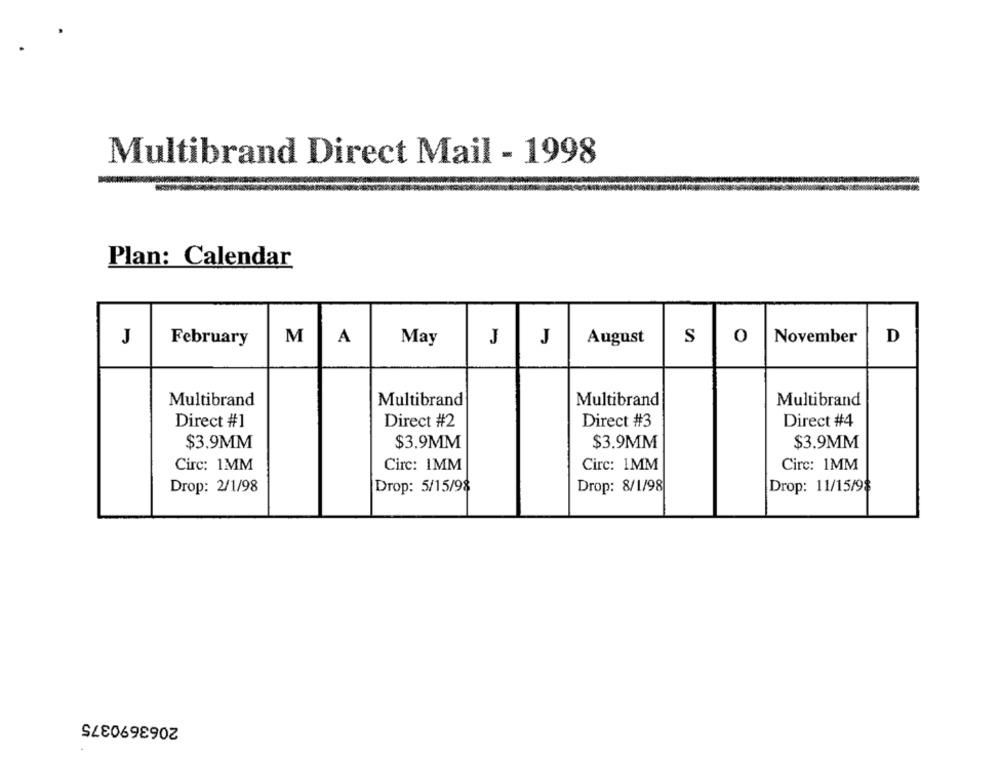
Multibrand Direct Mail - 1998
Plan: Calendar
J
February
M
A
May
J
J
August
S
0
November
D
Multibrand
Multibrand
Multibrand
Multibrand
Direct #1
Direct #2
Direct #3
Direct #4
$3.9MM
$3.9MM
$3.9MM
$3.9MM
Circ: 1MM
Circ: 1MM
Circ: 1MM
Circ: 1MM
Drop: 5/15/98
Drop: 8/1/98
Drop: 11/15/98
Drop: 2/1/98
2063690375